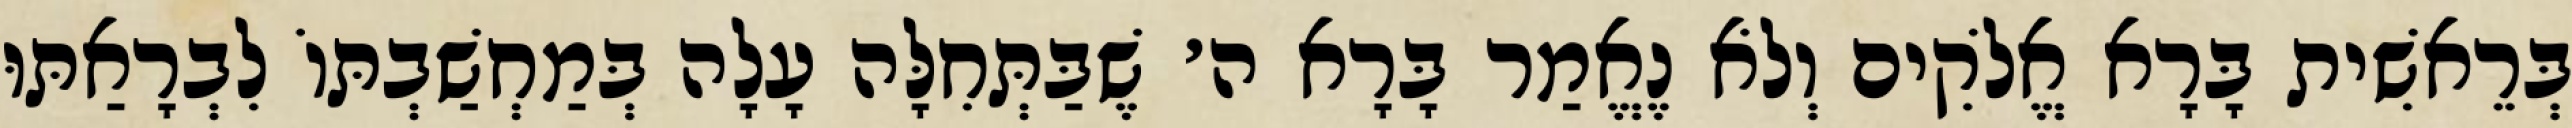
בְּרֵאשִׁית בָּרָא אֱלֹקִים וְלֹא נֶאֱמַר בָּרָא ה׳ שֶׁבַּתְּחִלָּה עָלָה בְּמַחְשַׁבְתּוֹ לִבְרָאַתּוּ